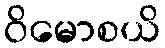
ဝိမောစယိ